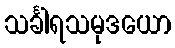
သင်္ခါရသမုဒယော